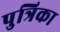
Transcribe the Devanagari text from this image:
पुत्रिका